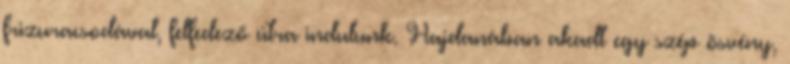
frizuracsodával, felfedező útra indulunk. Hajdanában akadt egy szép ösvény,